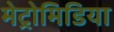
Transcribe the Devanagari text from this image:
मेट्रोमिडिया